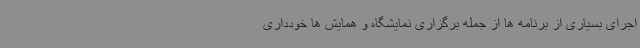
اجرای بسیاری از برنامه ها از جمله برگزاری نمایشگاه و همایش ها خودداری